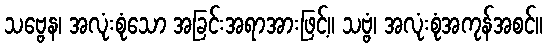
သဗ္ဗေန၊ အလုံးစုံသော အခြင်းအရာအားဖြင့်။ သဗ္ဗံ၊ အလုံးစုံအကုန်အစင်။